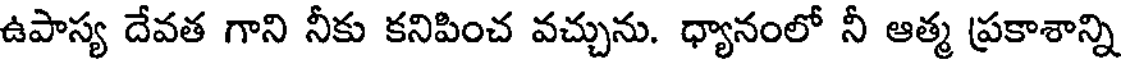
ఉపాస్య దేవత గాని నీకు కనిపించ వచ్చును. ధ్యానంలో నీ ఆత్మ ప్రకాశాన్ని